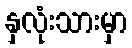
နှလုံးသားမှာ